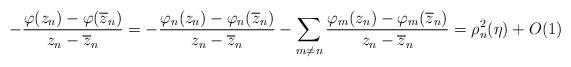
LaTeX: \begin{align*} -\frac{\varphi(z_n) - \varphi(\overline z_n)}{z_n-\overline z_n}= -\frac{\varphi_n(z_n) - \varphi_n(\overline z_n)}{z_n-\overline z_n} -\sum_{m \ne n}\frac{\varphi_m(z_n) - \varphi_m(\overline z_n)}{z_n-\overline z_n} =\rho^2_n(\eta)+O(1) \end{align*}